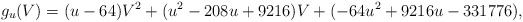
\begin{align*}g_u(V)=(u-64)V^2+(u^2-208u+9216)V+(-64u^2+9216u-331776),\end{align*}